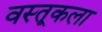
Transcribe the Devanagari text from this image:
वस्तूकला